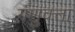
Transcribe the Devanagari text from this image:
गणुवत्ता